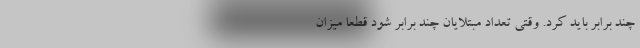
چند برابر باید کرد. وقتی تعداد مبتلایان چند برابر شود قطعا میزان